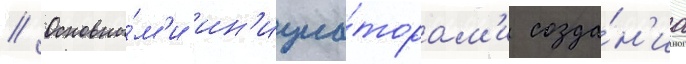
// Основны́м'и ин'ициа́торам'и созда́н'иа